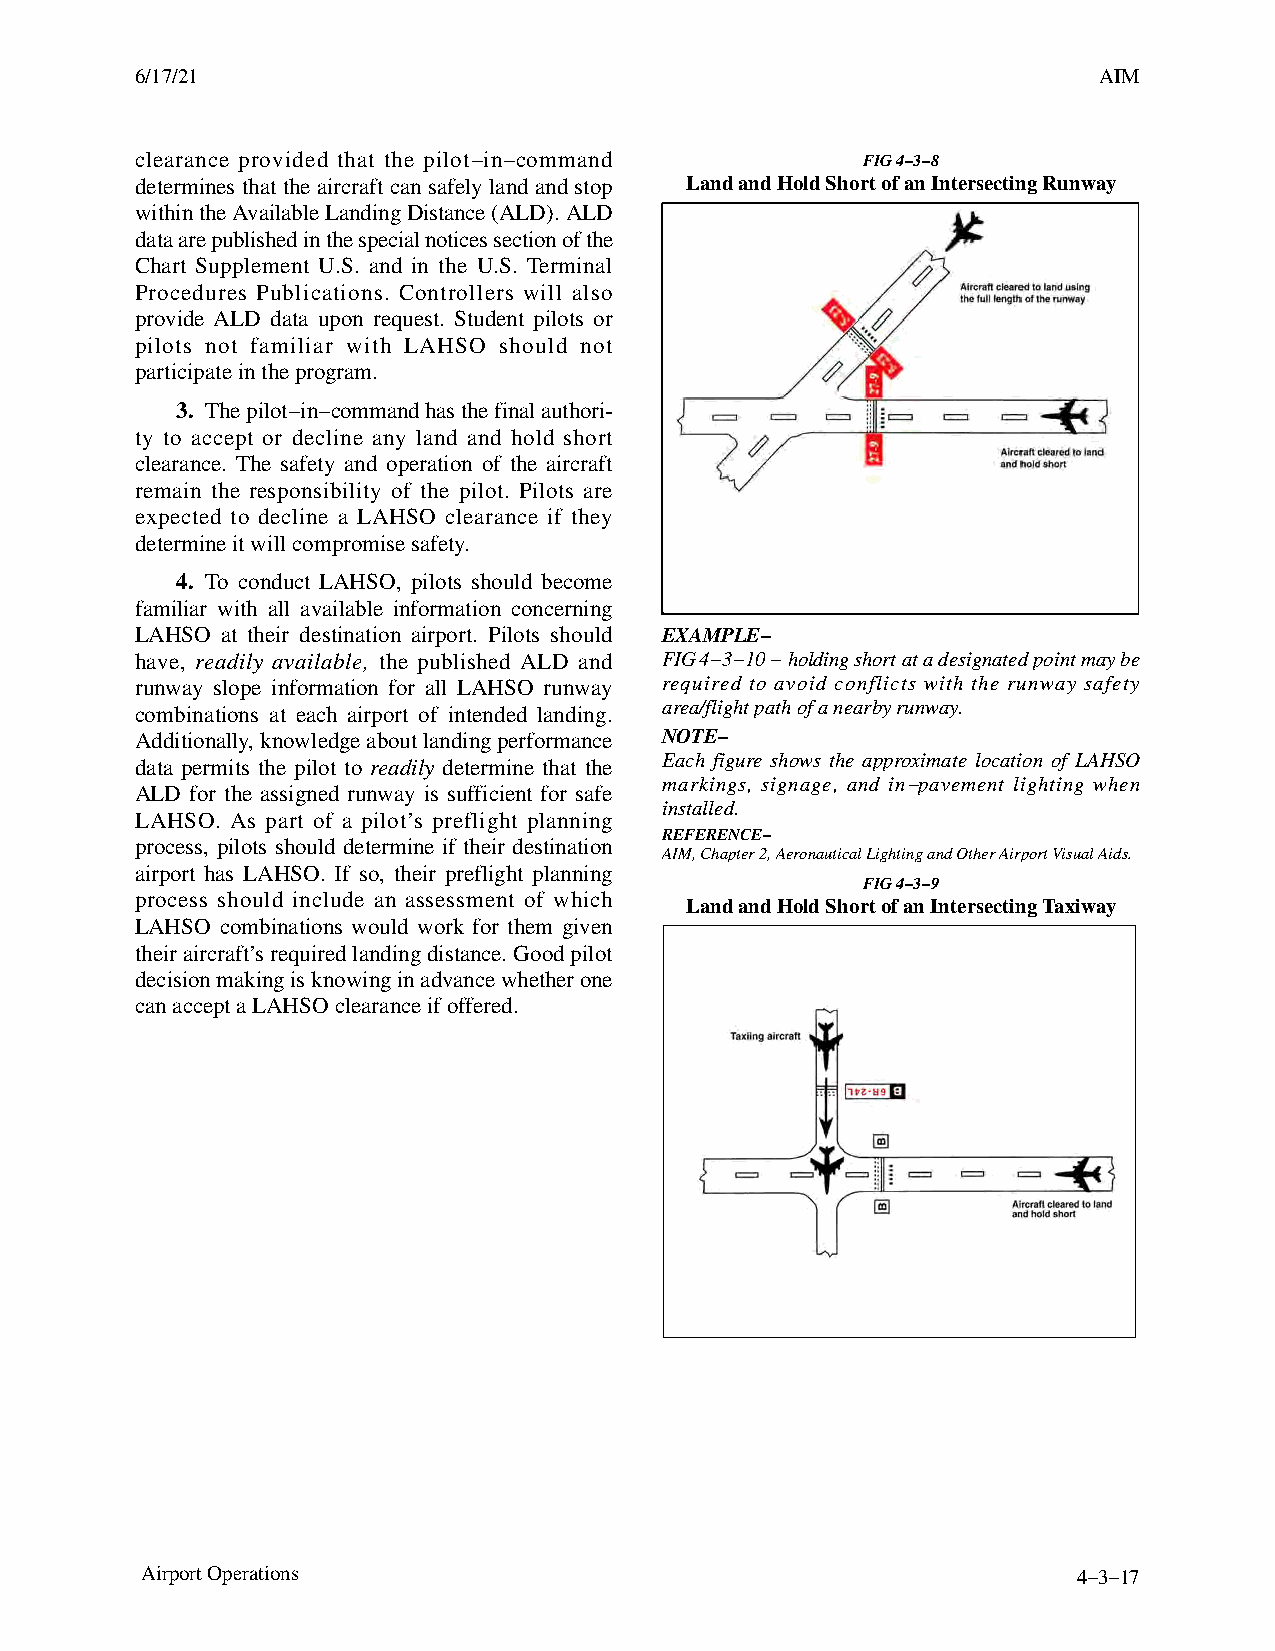
6/17/21                                                         AIM
 clearance provided that the pilot−in−command    FIG 4−3−8
 determines that the aircraft can safely land and stop Land and Hold Short of an Intersecting Runway
 within the Available Landing Distance (ALD). ALD
 data are published in the special notices section of the
 Chart Supplement U.S. and in the U.S. Terminal
 Procedures Publications. Controllers will also
 provide ALD data upon request. Student pilots or
 pilots not familiar with LAHSO should not
 participate in the program.
 3. The pilot−in−command has the final authori-
 ty to accept or decline any land and hold short
 clearance. The safety and operation of the aircraft
 remain the responsibility of the pilot. Pilots are
 expected to decline a LAHSO clearance if they
 determine it will compromise safety.
 4. To conduct LAHSO, pilots should become
 familiar with all available information concerning
 LAHSO at their destination airport. Pilots should EXAMPLE−
 have, readily available, the published ALD and FIG 4−3−10 − holding short at a designated point may be
 runway slope information for all LAHSO runway required to avoid conflicts with the runway safety
 combinations at each airport of intended landing. area/flight path of a nearby runway.
 Additionally, knowledge about landing performance
 NOTE−
 Each figure shows the approximate location of LAHSO
 data permits the pilot to readily determine that the
 markings, signage, and in−pavement lighting when
 ALD for the assigned runway is sufficient for safe
 installed.
 LAHSO. As part of a pilot’s preflight planning
 REFERENCE−
 process, pilots should determine if their destination
 AIM, Chapter 2, Aeronautical Lighting and Other Airport Visual Aids.
 airport has LAHSO. If so, their preflight planning
 FIG 4−3−9
 process should include an assessment of which
 Land and Hold Short of an Intersecting Taxiway
 LAHSO combinations would work for them given
 their aircraft’s required landing distance. Good pilot
 decision making is knowing in advance whether one
 can accept a LAHSO clearance if offered.
 Airport Operations                                            4−3−17